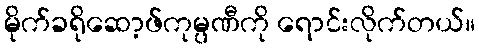
မိုက်ခရိုဆော့ဖ်ကုမ္ပဏီကို ရောင်းလိုက်တယ်။